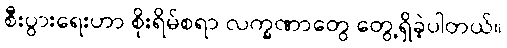
စီးပွားရေးဟာ စိုးရိမ်စရာ လက္ခဏာတွေ တွေ့ရှိခဲ့ပါတယ်။